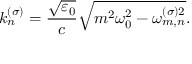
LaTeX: k _ { n } ^ { ( \sigma ) } = \frac { \sqrt { \varepsilon _ { 0 } } } { c } \sqrt { m ^ { 2 } \omega _ { 0 } ^ { 2 } - \omega _ { m , n } ^ { ( \sigma ) 2 } } .